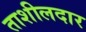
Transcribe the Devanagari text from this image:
ताशीलदार